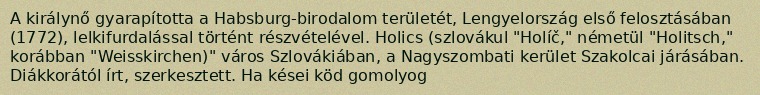
A királynő gyarapította a Habsburg-birodalom területét, Lengyelország első felosztásában (1772), lelkifurdalással történt részvételével. Holics (szlovákul "Holíč," németül "Holitsch," korábban "Weisskirchen)" város Szlovákiában, a Nagyszombati kerület Szakolcai járásában. Diákkorától írt, szerkesztett. Ha kései köd gomolyog